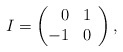
\begin{align*}I=\left(\begin{array}{rr}0&1\\\hspace{-1ex}-1&0\end{array}\right),\end{align*}